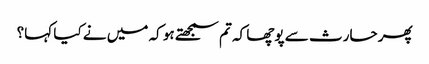
پھر حارث سے پوچھا کہ تم سمجھتے ہو کہ میں نے کیا کہا؟